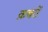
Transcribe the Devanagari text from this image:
क़बरों